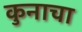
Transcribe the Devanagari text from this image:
कुनाचा